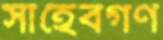
সাহেবগণ